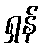
ရှန်